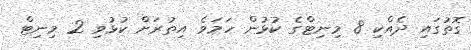
ގޮތުގައި ދެއްކި 8 މިނިޓްގެ ކުޅުން ހަމަވެ އިތުރަށް ކުޅުވި 2 މިނިޓް